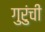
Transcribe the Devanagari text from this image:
गुरुंची